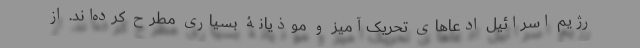
رژیم اسرائیل ادعاهایِ تحریک‌آمیز و موذیانۀ بسیاری مطرح کرده‌اند. از